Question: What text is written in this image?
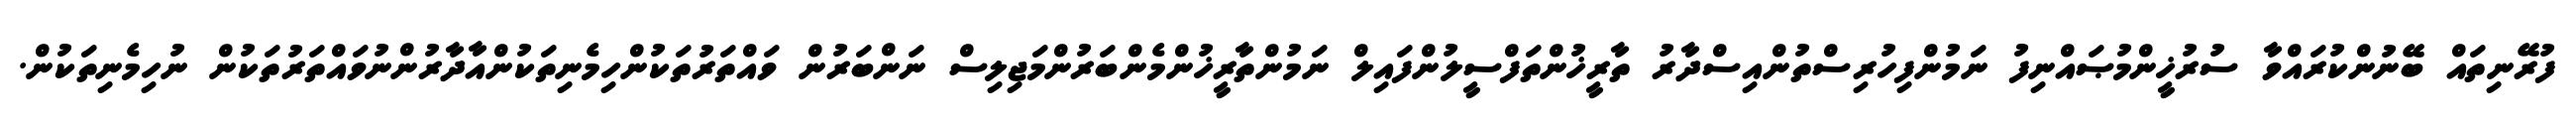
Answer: ފުރޭނިތައް ބޭނުންކުރައްވާ ސުރުޚީންމުޞައްނިފު ނަމުންފިހުރިސްތުންއިސްދާރު ތާރީޚުންތަފްސީލުންފައިލް ނަމުންތާރީޚުންމެންބަރުންމަޖިލިސް ނަންބަރުން ވައްތަރުތަކުންހިމެނިތަކުންއާދާރުންނުވައްތަރުތަކުން ނުހިމެނިތަކުން.